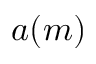
a ( m )